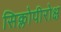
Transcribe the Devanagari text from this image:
सिक्लोपीरोक्ष